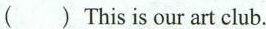
() This is our art club.